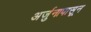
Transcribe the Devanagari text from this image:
अर्जुनापासून